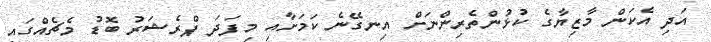
އަދި އެކަން މާޒިޔާގެ ކުޅުންތެރިންނަށް އިނގޭނެ ކަމަށާއި މިފަދަ ޕްރެޝަރު ބޮޑު މެޗެއްގައި